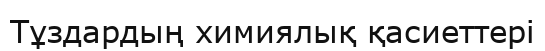
Тұздардың химиялық қасиеттері